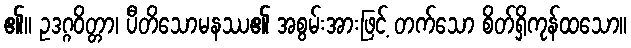
၏။ ဥဒဂ္ဂဝိတ္တာ၊ ပီတိသောမနဿ၏ အစွမ်းအားဖြင့် တက်သော စိတ်ရှိကုန်ထသော။